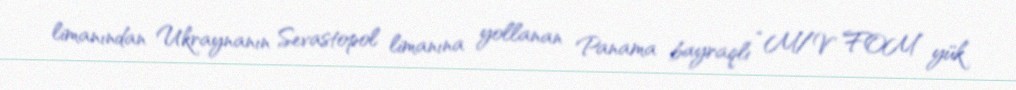
limanından Ukraynanın Sevastopol limanına yollanan Panama bayraqlı “M/V FOM” yük